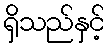
ရှိသည်နှင့်